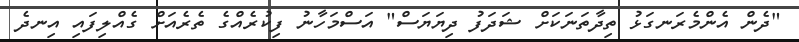
"ދެން އެންމެރަނގަޅު ތިދާތަނަކަށް ޝަދަފު ދިޔަޔަސް" އަސްމަހާނު ފިކުރެއްގެ ތެރެއަށް ގެއްލިފައި އިނދެ